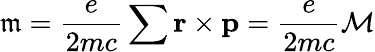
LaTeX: \mathfrak{m}=\frac{e}{2mc}\sum\textbf{r}\times\textbf{p}=\frac{e}{2mc}\mathcal{M}